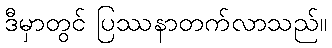
ဒီမှာတွင် ပြဿနာတက်လာသည်။